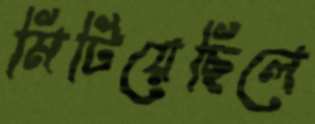
মিটিয়েছিলে